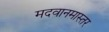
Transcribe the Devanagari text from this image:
मदवानमास्तर